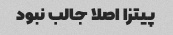
پیتزا اصلا جالب نبود